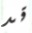
قد